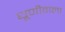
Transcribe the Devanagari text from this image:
धूणीवाला